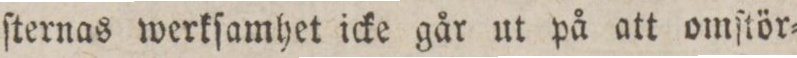
ſternas werkſamhet icke går ut på att omſtör=